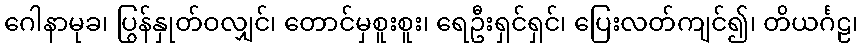
ဂေါနာမုခ၊ ပြွန်နှုတ်ဝလျှင်၊ တောင်မှစူးစူး၊ ရေဦးရှင်ရှင်၊ ပြေးလတ်ကျင်၍၊ တိယင်္ဂဠ၊